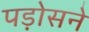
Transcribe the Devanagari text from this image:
पड़ोसने